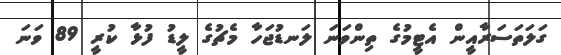
ގަލަތަސަރާއީން އެޓީމުގެ ތިންވަނަ ލަނޑުޖަހާ މެޗުގެ ލީޑު ފުޅާ ކުރީ 89 ވަނަ